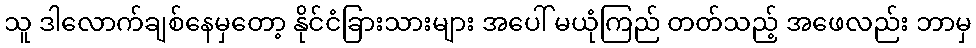
သူ ဒါလောက်ချစ်နေမှတော့ နိုင်ငံခြားသားများ အပေါ် မယုံကြည် တတ်သည့် အဖေလည်း ဘာမှ